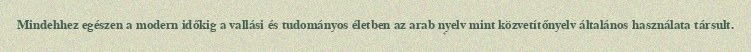
Mindehhez egészen a modern időkig a vallási és tudományos életben az arab nyelv mint közvetítőnyelv általános használata társult.